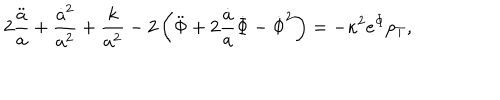
2 \frac { \ddot { a } } { a } + \frac { \dot { a } ^ { 2 } } { a ^ { 2 } } + \frac { k } { a ^ { 2 } } - 2 \left( \ddot { \Phi } + 2 \frac { \dot { a } } { a } \dot { \Phi } - \dot { \Phi } ^ { 2 } \right) = - \kappa ^ { 2 } e ^ { \Phi } p _ { T } ,